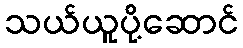
သယ်ယူပို့ဆောင်